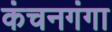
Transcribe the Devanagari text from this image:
कंचनगंगा